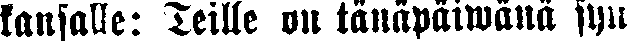
kansalle: Teille on tänäpäiwänä syn